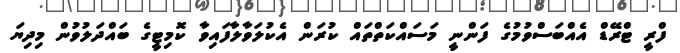
ފްރީ ޓްރޭޑް އެއްބަސްވުމުގެ ފަންނީ މަސައްކަތްތައް ކުރަން އެކުލަވާލާފައިވާ ކޮމިޓީގެ ބައްދަލުވުން މިދިޔަ